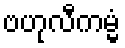
ဗဟုလီကမ္မံ